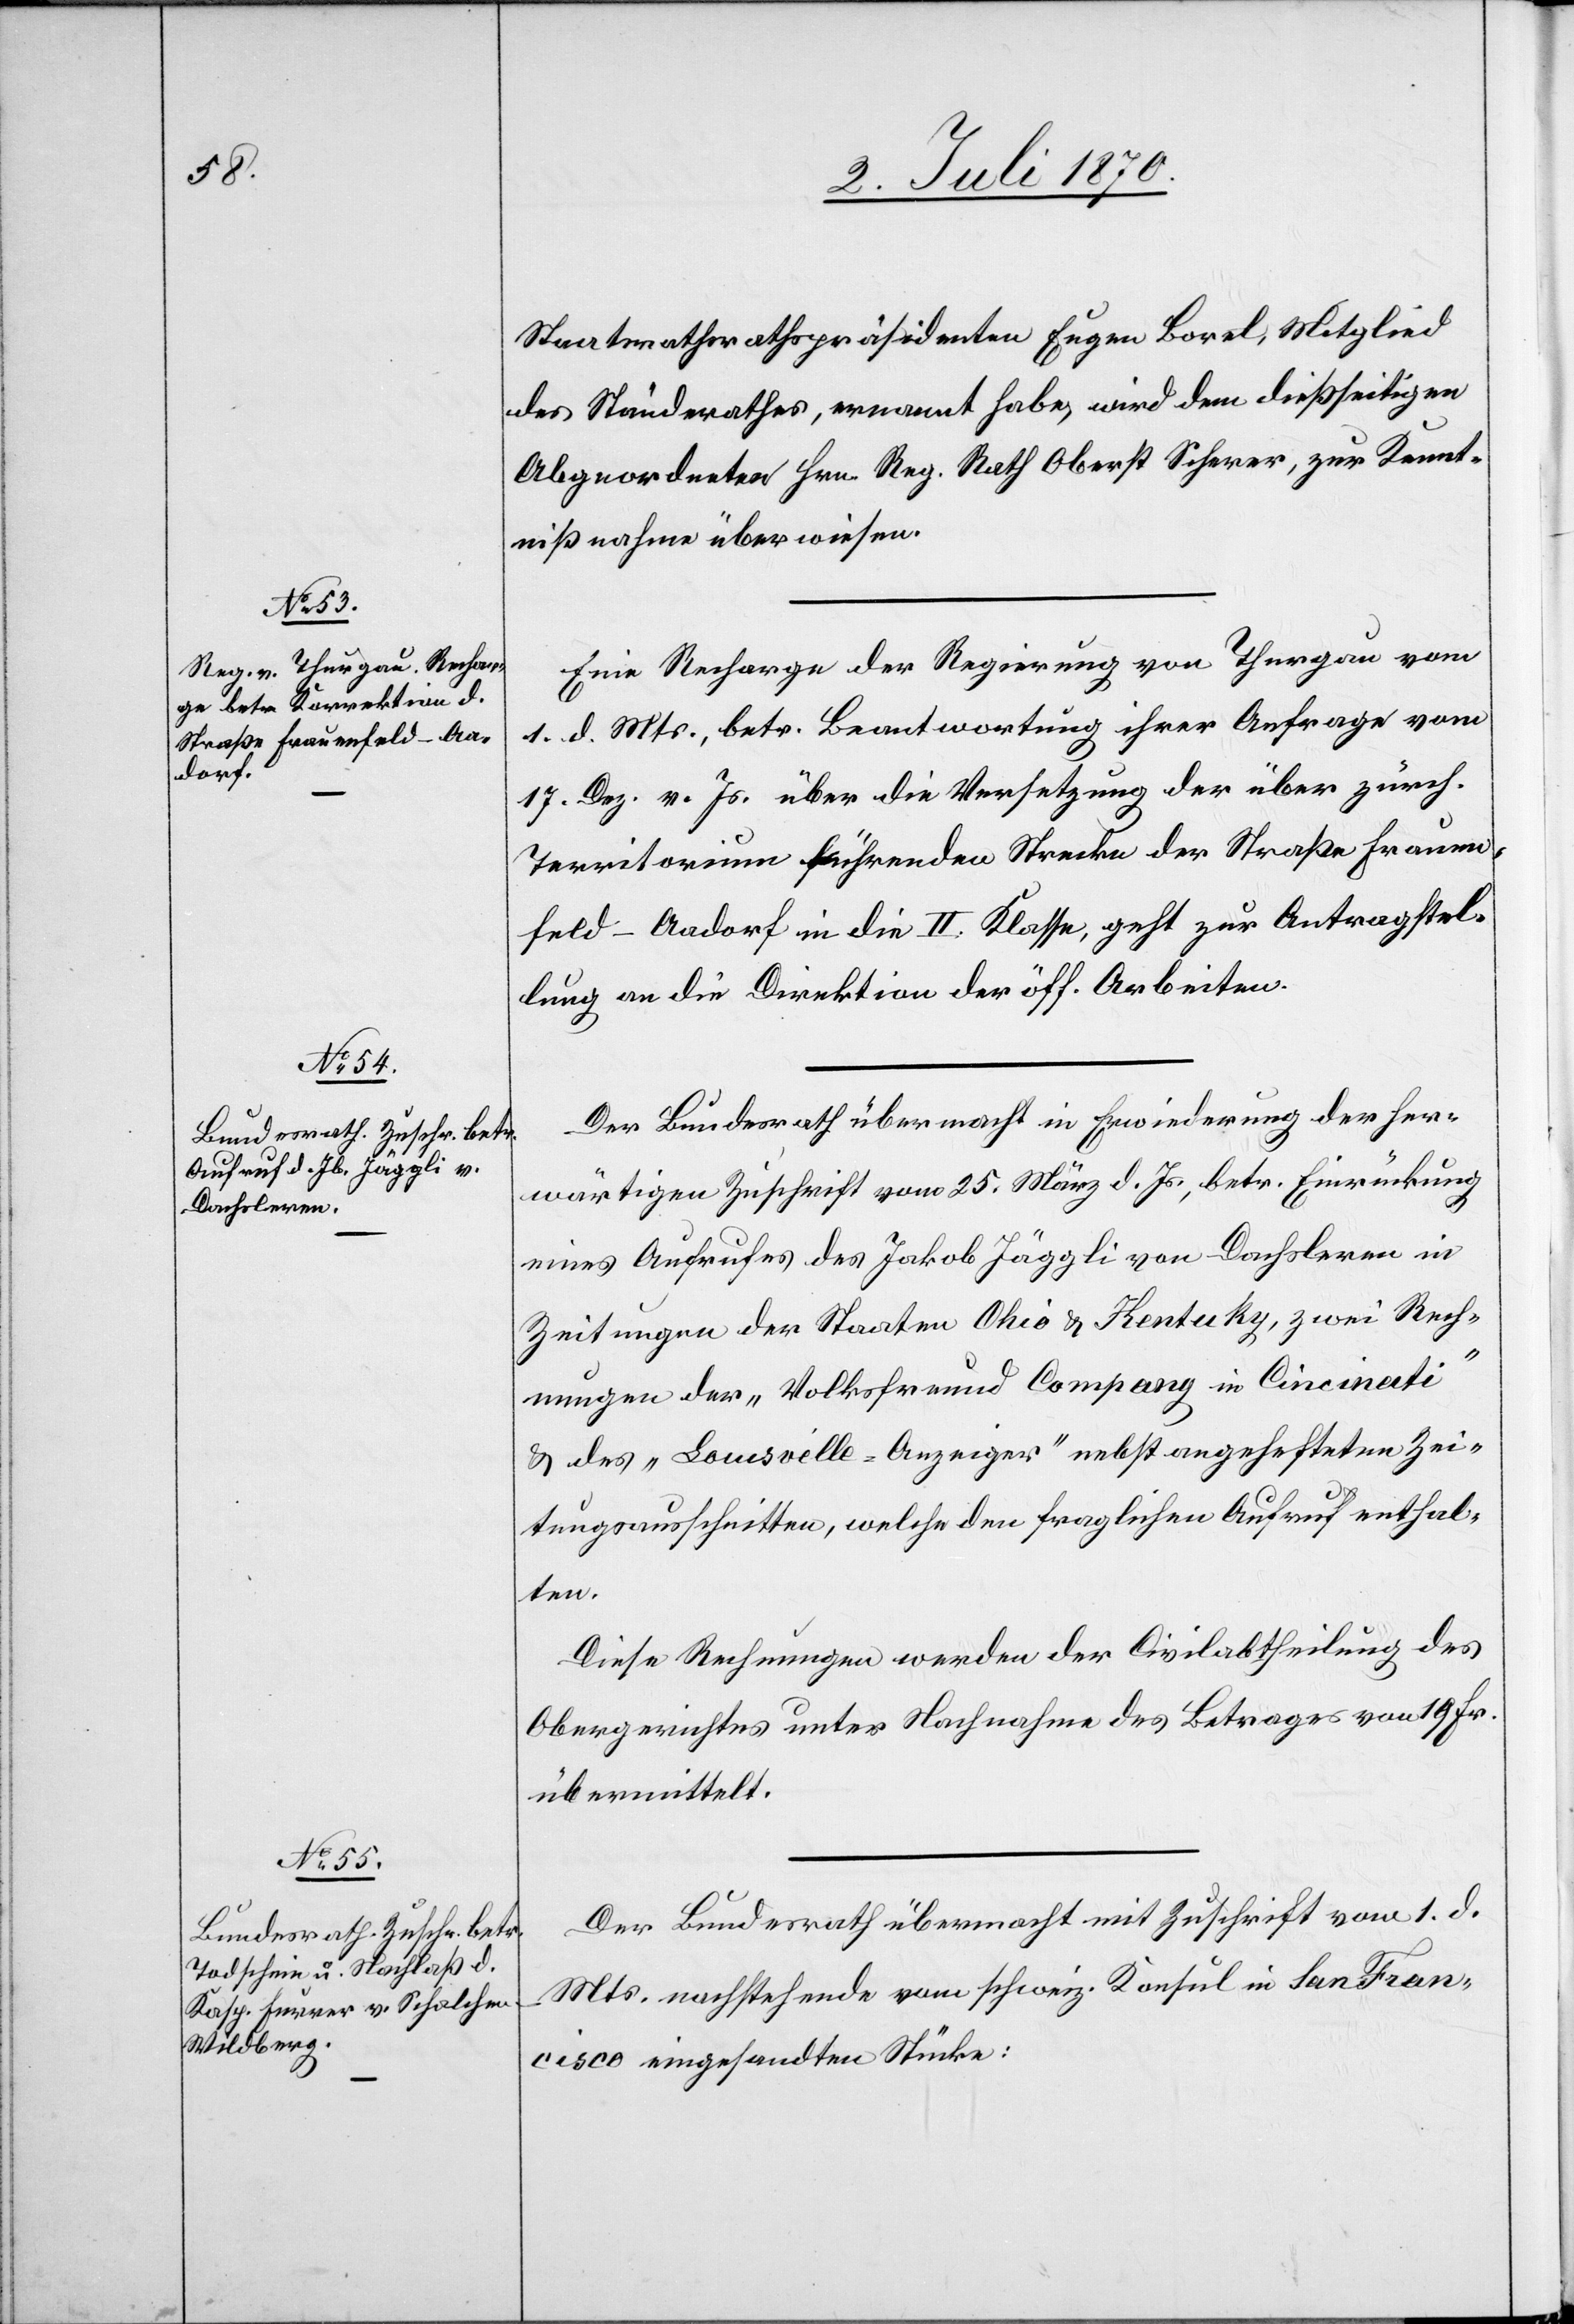
7. Juli 1870.]
Staatsratherathspräsidenten [sic!] Eugen Borel, Mitglied
des Ständerathes, ernannt habe, wird dem dießseitigen
Abgeordneten Hrn. Reg. Rath. Oberst Scherer, zur Kennt¬
nißnahme überwiesen.
Eine Recharge der Regierung von Thurgau vom
1. d. Mts., betr. Beantwortung ihrer Anfrage vom
17. Dez. v. Js. über die Versetzung der über zürch.
Territorium führenden Strecke der Straße Frauen¬
feld–Aadorf in die II. Klasse, geht zur Antragstel¬
lung an die Direktion der öff. Arbeiten.
Der Bundesrath übermacht in Erwiederung der her¬
wärtigen Zuschrift vom 25. März. d. Js., betr. Einrückung
eines Aufrufes des Jakob Jäggli von Dachsleren in
Zeitungen der Staaten Ohio & Kentuky, zwei Rech¬
nungen der „Volksfreund Company in Cincinati“
& des „Louisville-Anzeiger“ nebst angehefteten Zei¬
tungsausschnitten, welche den fraglichen Aufruf enthal¬
ten.
Diese Rechnungen werden der Civilabtheilung des
Obergerichtes unter Nachnahme des Betrages von 19 Fr.
übermittelt.
Der Bundesrath übermacht mit Zuschrift vom 1. d.
Mts. nachstehende vom schweiz. Konsul in San Fran¬
cisco eingesandten Stücke: